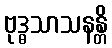
ဗုဒ္ဓသာသနန္တိ